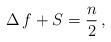
LaTeX: \begin{align*}\Delta\,f+S&=\frac{n}{2} \, , \end{align*}